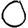
Digit: 0